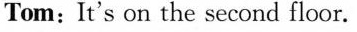
Tom:It's on the second floor.